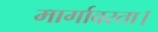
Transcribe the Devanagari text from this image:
मार्गावरता।